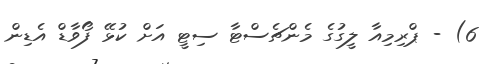
6) - ޕްރިމިއާ ލީގުގެ މެންޗެސްޓާ ސިޓީ އަށް ކުޅޭ ފޯވާޑް އެޑިން